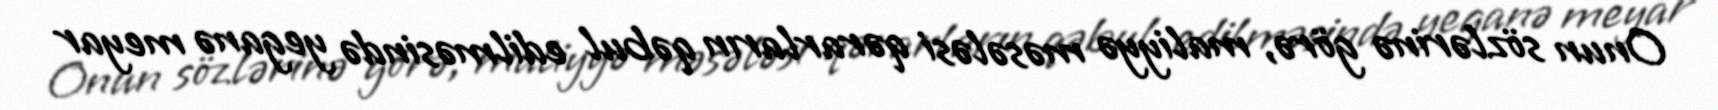
Onun sözlərinə görə, maliyyə məsələsi qərarların qəbul edilməsində yeganə meyar